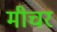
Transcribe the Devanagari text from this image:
मीचर